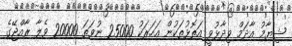
ޝިޔާމު އާދަމް ވިދާޅުވީ އަތޮޅުތަކުން އަހަރަކު 25000 ނުވަތަ 20000 ވެލާ ރާއްޖޭގެ